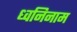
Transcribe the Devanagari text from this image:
ध्वनिनाम